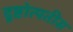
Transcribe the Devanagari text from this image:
दृष्टोत्पतीस